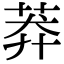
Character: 莽